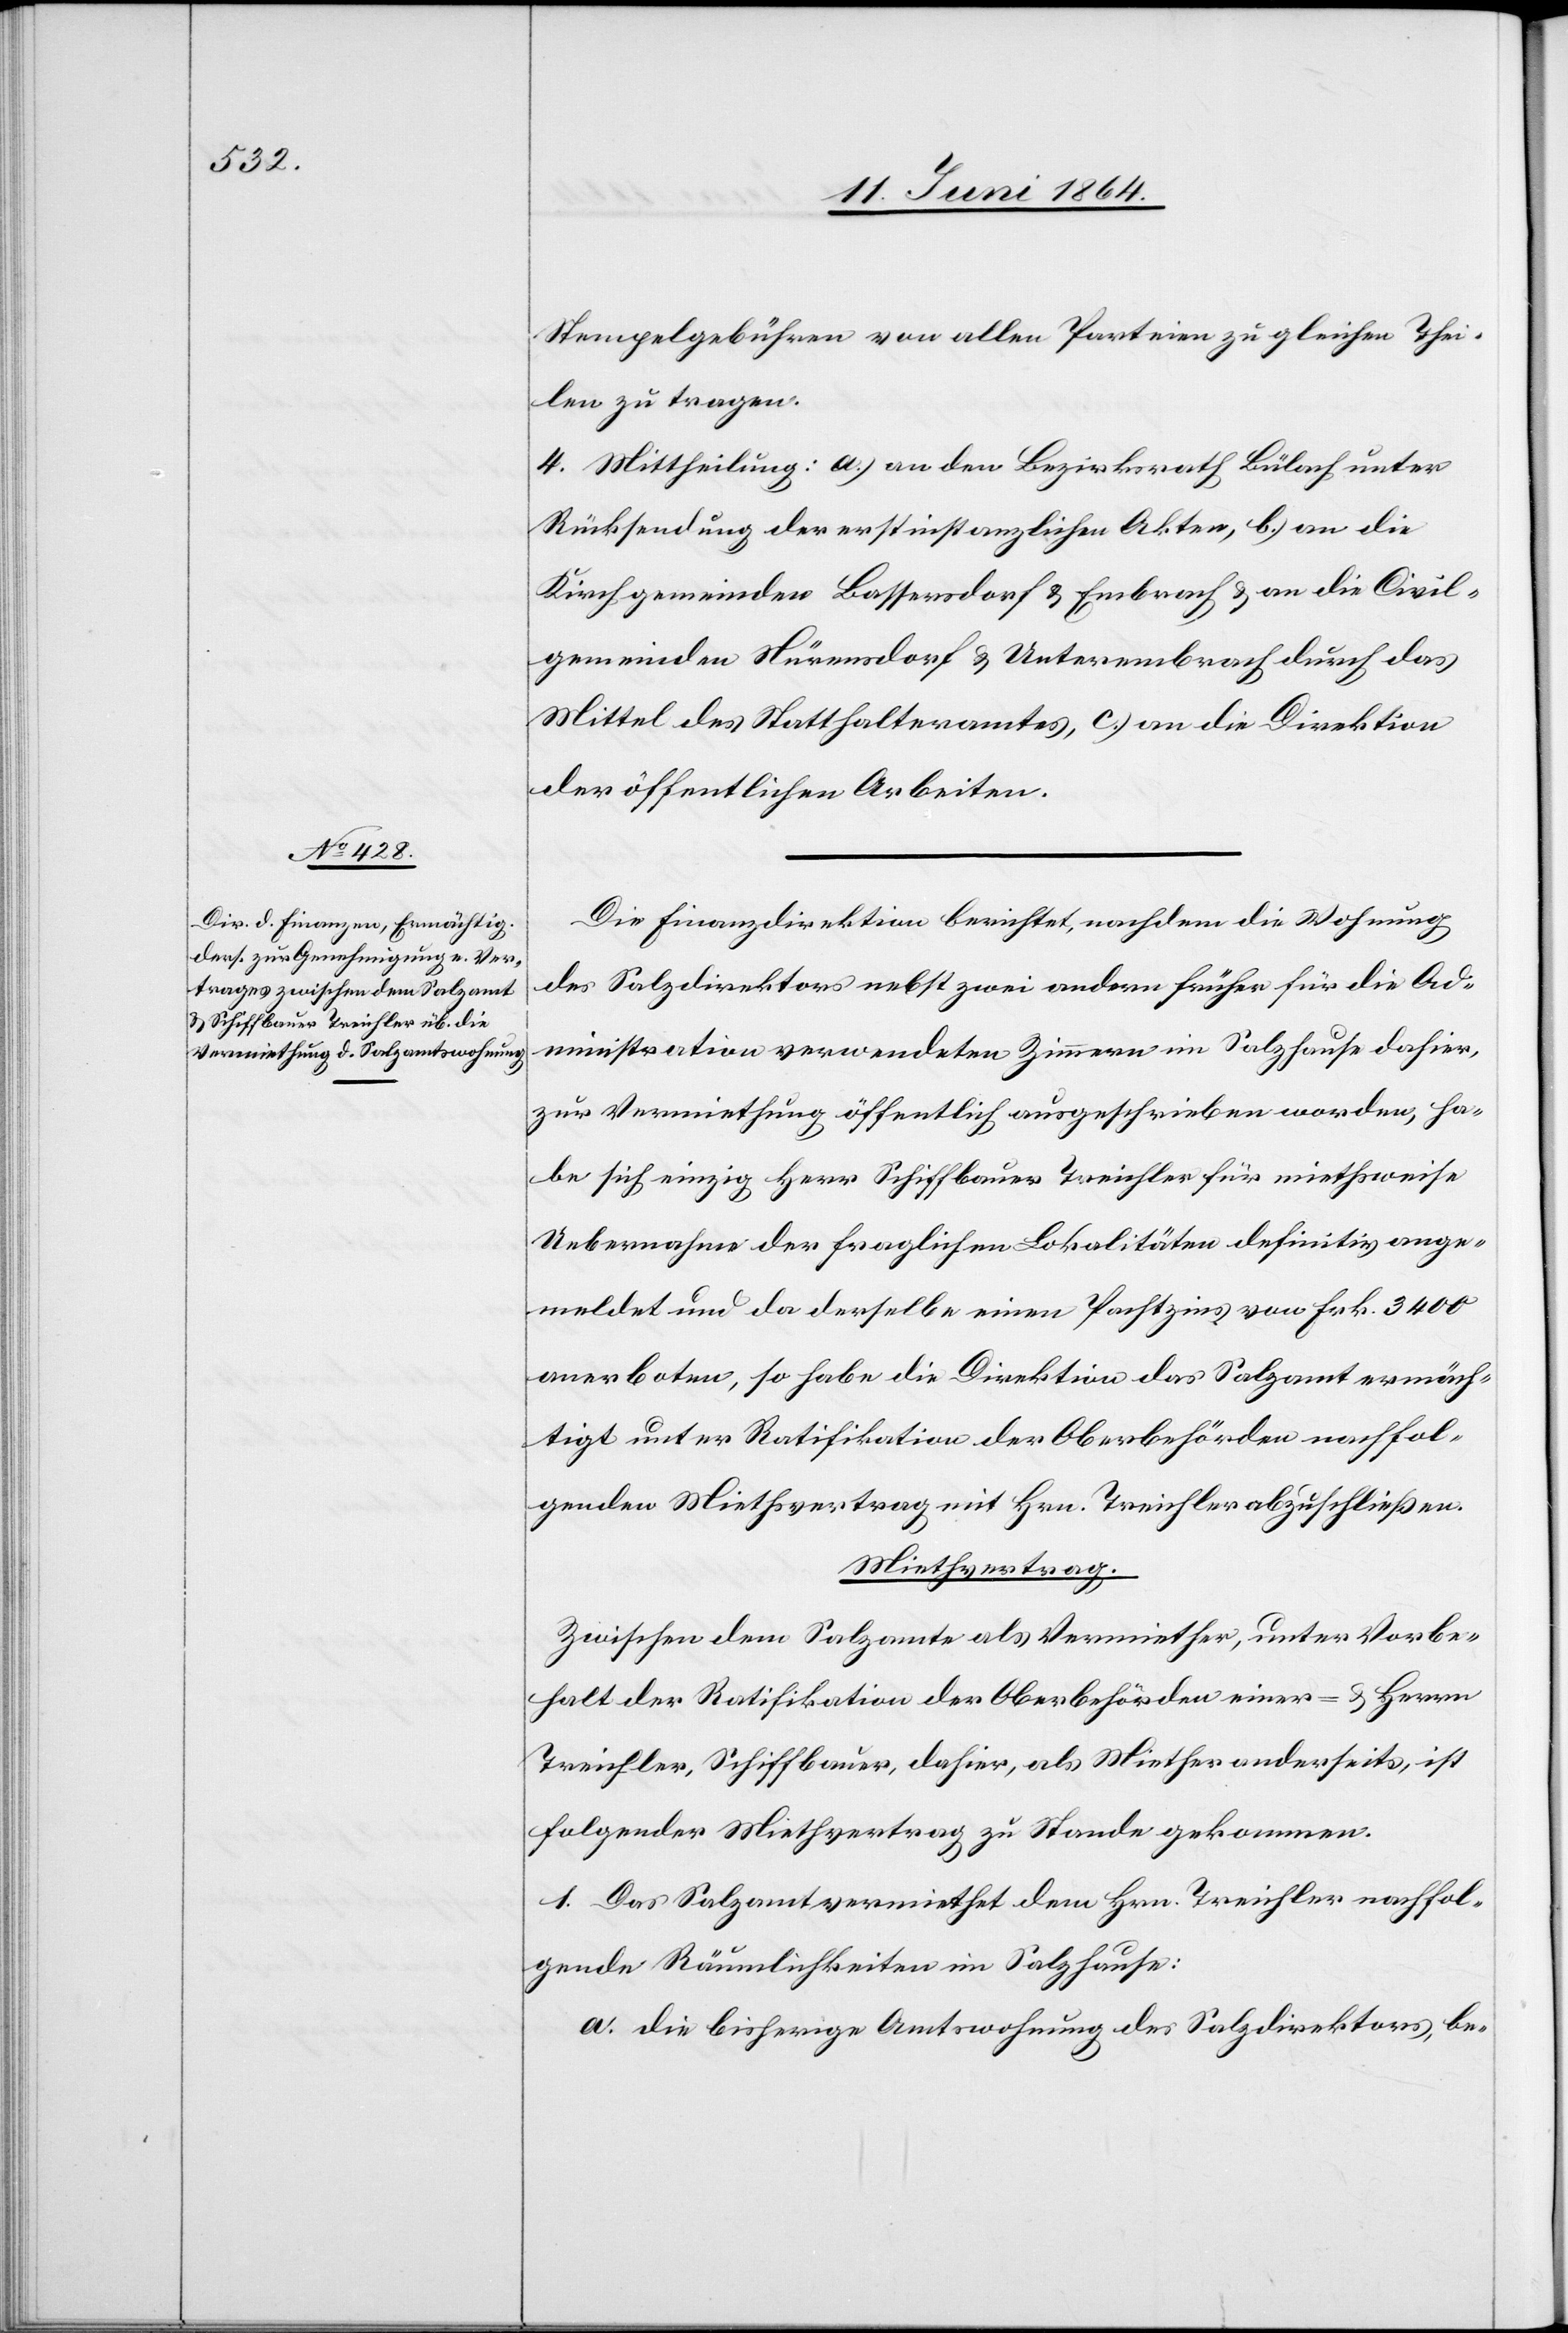
Stempelgebühren von allen Parteien zu gleichen Thei¬
len zu tragen.
4. Mittheilung: a.) an den Bezirksrath Bülach unter
Rücksendung der erstinstanzlichen Akten, b.) an die
Kirchgemeinden Bassersdorf u. Embrach u. an die Civil¬
gemeinden Nürensdorf u. Unterembrach durch das
Mittel des Statthalteramtes, c.) an die Direktion
der öffentlichen Arbeiten.
Die Finanzdirektion berichtet, nachdem die Wohnung
des Salzdirektors nebst zwei andern früher für die Ad¬
ministration verwendeten Zimmern im Salzhause dahier,
zur Vermiethung öffentlich ausgeschrieben worden, ha¬
be sich einzig Herr Schiffbauer Treichler für miethweise
Uebernahme der fraglichen Lokalitäten definitiv ange¬
meldet und da derselbe einen Pachtzins von Frk. 3400
anerboten, so habe die Direktion das Salzamt ermäch¬
tigt unter Ratifikation der Oberbehörden nachfol¬
genden Miethvertrag mit Hrn. Treichler abzuschließen.
Miethvertrag.
Zwischen dem Salzamte als Vermiether, unter Vorbe¬
halt der Ratifikation der Oberbehörden einer- u. Herrn
Treichler, Schiffbauer, dahier, als Miether anderseits, ist
folgender Miethvertrag zu Stande gekommen.
1. Das Salzamt vermiethet dem Hrn. Treichler nachfol¬
gende Räumlichkeiten im Salzhause:
a.) die bisherige Amtswohnung des Salzdirektors, be-